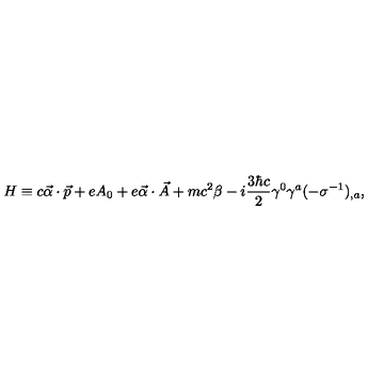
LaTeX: H \equiv c \vec { \alpha } \cdot \vec { p } + e A _ { 0 } + e \vec { \alpha } \cdot \vec { A } + m c ^ { 2 } \beta - i \frac { 3 \hbar c } { 2 } \gamma ^ { 0 } \gamma ^ { a } ( - \sigma ^ { - 1 } ) _ { , a } { , }